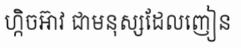
ហ្កិចអ៊ាវ ជាមនុស្សដែលញៀន